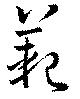
範